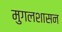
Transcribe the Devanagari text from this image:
मुगलशासन